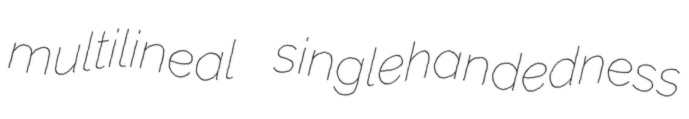
multilineal singlehandedness